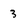
Character: 3